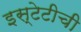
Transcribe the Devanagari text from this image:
इस्टेटीची